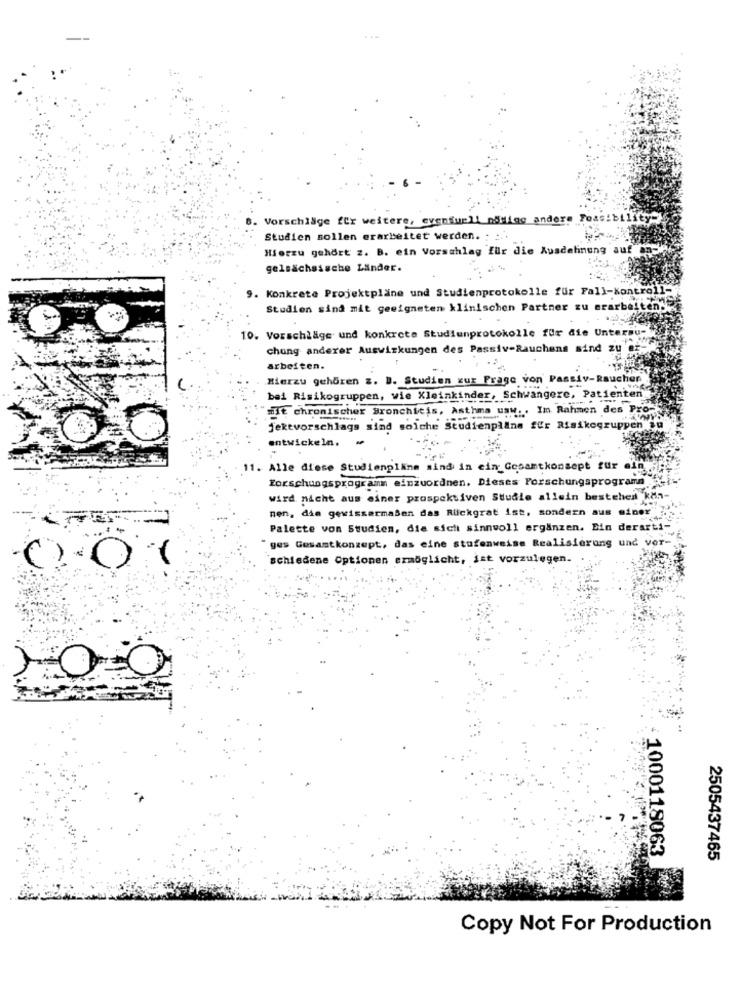
Vorschläge für weitere, eventuell noMing anders Possibility"
Studien sollen erarbeitet werden. : :..
Hierzu gehört z. B. ein Vorschlag für die Ausdelinung auf
gelsächsische Länder.
9. Konkrete Projektpläne und Studienprotokolle für Fall-Kontroll-
Studion sind mit geeigneten klinischen Partner zu erarbeiten:
10. Vorschläge und konkrete Studiunprotokolle für die Untersu-
chung anderer Auswirkungen des Passiv-Rauchens sind zu'e
arbeiten.
Hierzu gehören z. D. Studien zur Frage von Passiv-Rauchen
bei Risikogruppen, wie Kleinkinder, Schwangere, Patienten
mit chronischer Bronchitis, Asthma usw .. Im Rahmen des Pro
jektvorschlags sind solche Studienpline für Risikogruppen ju
entwickeln,
11. Alle diese Studienpline sind in ein Gesamtkonsept für ein
forschungsprogram einzuordnen. Dieses Forschungsprograma
wird nicht aus einer prospektiven Studie allein bestehen kan-
men, die gewissermaßen das Rückgrat ist, sondern aus mine
Palette von Studien, die sich sinnvoll ergänzen. Ein derarti-
ges Gesamtkonzept, das eine stufenweise Realisierung und Vor-
schiedene Optionen ermöglicht, ist vorzulegen.
1000118063
2505437465
Copy Not For Production